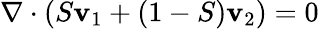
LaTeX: \nabla\cdot(S\boldsymbol{\mathbf{v}}_{1}+(1-S)\boldsymbol{\mathbf{v}}_{2})=0